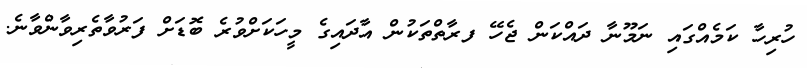
ހުރިހާ ކަމެއްގައި ނަމޫނާ ދައްކަން ޖެހޭ ފރާތްތަކުން އާދައިގެ މީހަކަށްވުރެ ބޮޑަށް ފަރުވާތެރިވާންވާނެ.